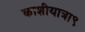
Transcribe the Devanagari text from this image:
काशीयात्रा९